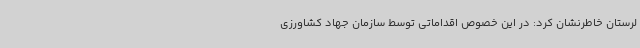
لرستان خاطرنشان کرد: در این خصوص اقداماتی توسط سازمان جهاد کشاورزی